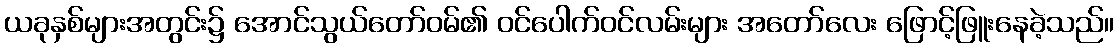
ယခုနှစ်များအတွင်း၌ အောင်သွယ်တော်ဝမ်၏ ဝင်ပေါက်ဝင်လမ်းများ အတော်လေး ဖြောင့်ဖြူးနေခဲ့သည်။